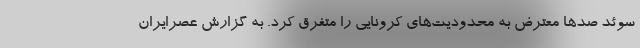
سوئد صدها معترض به محدودیت‌های کرونایی را متفرق کرد. به گزارش عصرایران